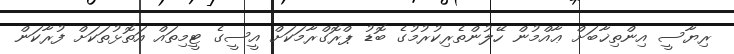
ރިޔާސީ އިންތިޚާބަށް ޢާއްމުން ހޭލުންތެރިކުރުމުގެ ބޮޑު ޕްރޮގްރާމަކަށް އީސީގެ ޓީމިތައް އަތޮޅުތަކަށް ފުރާކަން